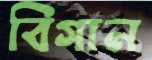
বিগান